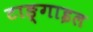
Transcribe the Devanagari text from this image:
टाङ्गाइल